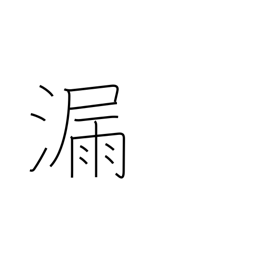
Meaning: leak